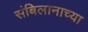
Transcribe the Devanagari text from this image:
संबिलानाच्या